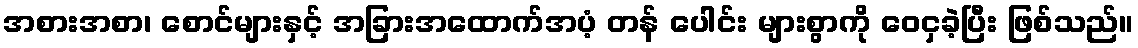
အစားအစာ၊ စောင်များနှင့် အခြားအထောက်အပံ့ တန် ပေါင်း များစွာကို ဝေငှခဲ့ပြီး ဖြစ်သည်။